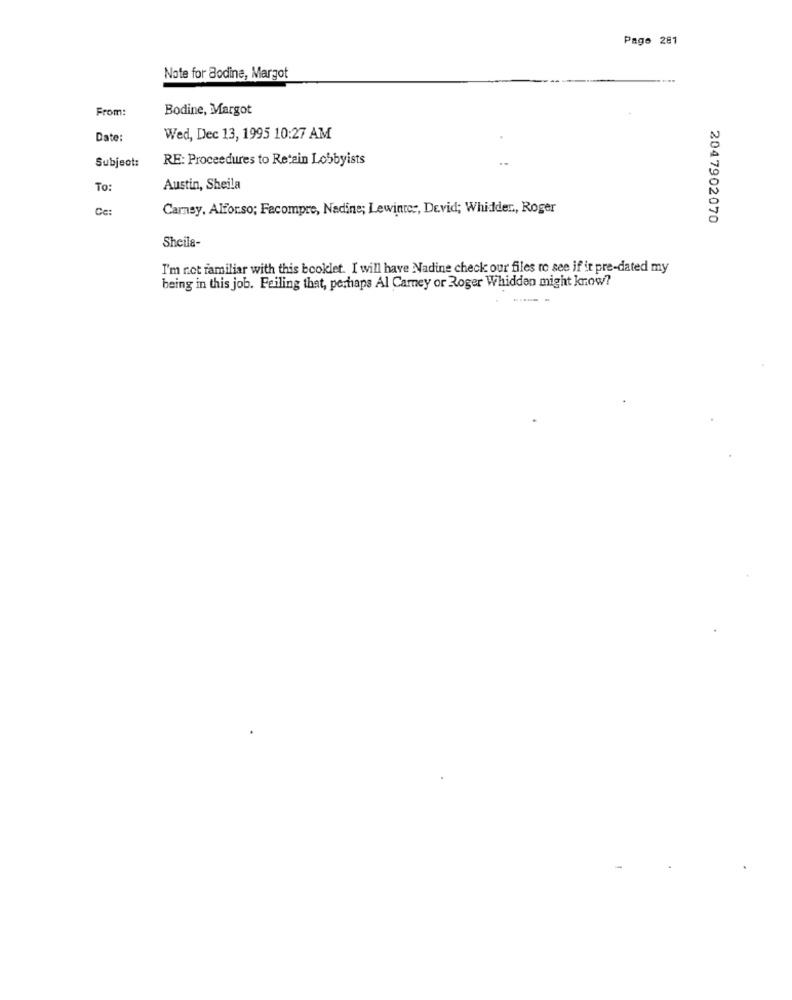
Pago 281
Note for Bodine, Margot
From:
Bodine, Margot
Date:
Wed, Dec 13, 1995 10:27 AM
Subject:
RE: Proceedures to Retain Lobbyists
To:
Austin, Sheila
Ce:
Carney, Alforso; Fecompre, Nadine; Lewinter, Devid; Whidder ., Roger
2047902070
Sheila-
I'm not familiar with this booklet. I will have Nadine check our files ro see if it pre-dated my
being in this job. Feiling that, perhaps Al Carey or Roger Whidden might know?